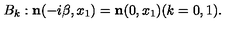
B _ { k } : { \bf n } ( - i \beta , x _ { 1 } ) = { \bf n } ( 0 , x _ { 1 } ) ( k = 0 , 1 ) .